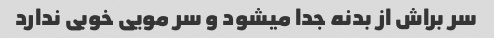
سر براش از بدنه جدا میشود و سر مویی خوبی ندارد